Madras plague regulations in force outside the Presidency town - Volume 3
Disease focus: Plague
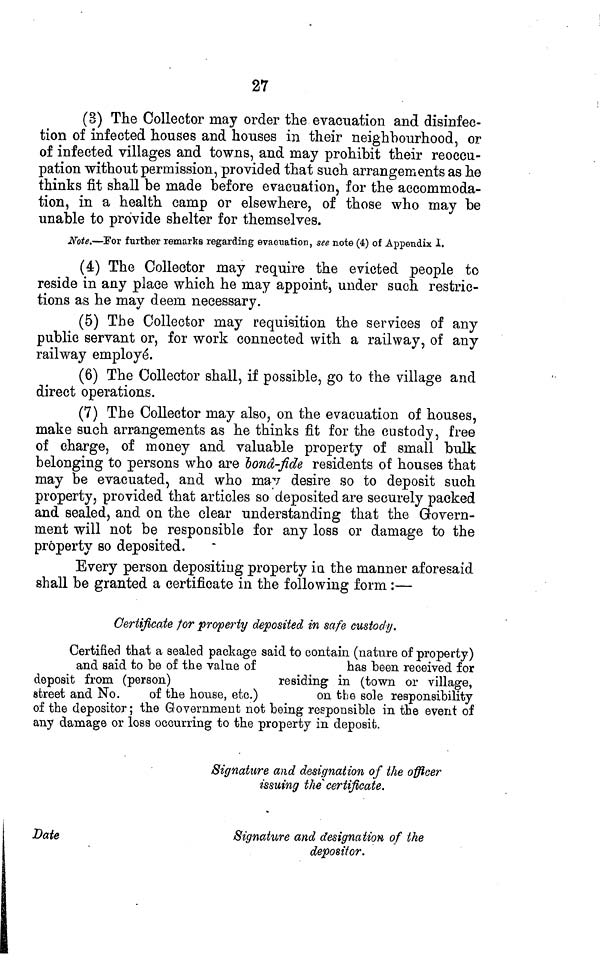
27
(3) The Collector may order the evacuation and disinfec-
tion of infected houses and houses in their neighbourhood, or
of infected villages and towns, and may prohibit their reoceu-
pation without permission, provided that such arrangements as he
thinks fit shall be made before evacuation, for the accommoda-
tion, in a health camp or elsewhere, of those who may be
unable to provide shelter for themselves.
Note.—Por further remarks regarding evacuation, see note (4) of Appendix 1.
(4) The Collector may require the evicted people to
reside in any place which he may appoint, under such restric-
tions as he may deem necessary.
(5) The Collector may requisition the services of any
public servant or, for work connected with a railway, of any
railway employé.
(6) The Collector shall, if possible, go to the village and
direct operations.
(7) The Collector may also, on the evacuation of houses,
make such arrangements as he thinks fit for the custody, free
of charge, of money and valuable property of small bulk
belonging to persons who are bonâ-fide residents of houses that
may be evacuated, and who mav desire so to deposit such
property, provided that articles so deposited are securely packed
and sealed, and on the clear understanding that the Govern-
ment will not be responsible for any loss or damage to the
property so deposited.
Every person depositing property in the manner aforesaid
shall be granted a certificate in the following form :—
Certificate for property deposited in safe custody.
Certified that a sealed package said to contain (nature of property)
and said to be of the value of
has been received for
deposit from (person)
residing in (town or village,
street and No.
of the house, etc.)
on the sole responsibility
of the depositor ; the Government not being responsible in the event of
any damage or loss occurring to the property in deposit.
Date
Signature and designation of the officer
issuing the certificate.
Signature and designation of the
depositor.